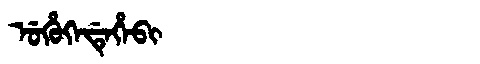
Manchu: ᡠᡥᡠᡴᡝᡩᡝᡥᡝᠪᡳ
Romanization: UHUKEDEHEBI